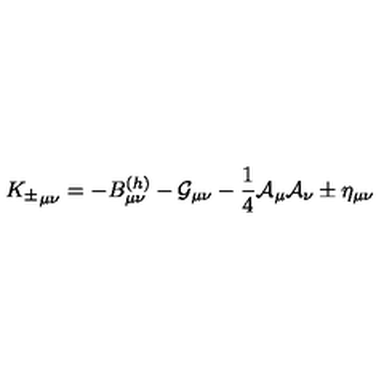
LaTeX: { K _ { \pm } } _ { \mu \nu } = - B _ { \mu \nu } ^ { ( h ) } - { \cal G } _ { \mu \nu } - { \frac { 1 } { 4 } } { \cal A } _ { \mu } { \cal A } _ { \nu } \pm \eta _ { \mu \nu }